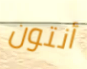
أنتون